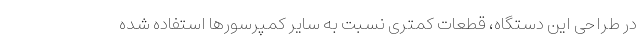
در طراحی این دستگاه، قطعات کمتری نسبت به سایر کمپرسور‌ها استفاده شده